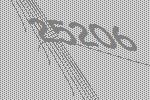
25206